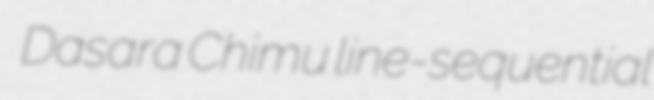
Dasara Chimu line-sequential